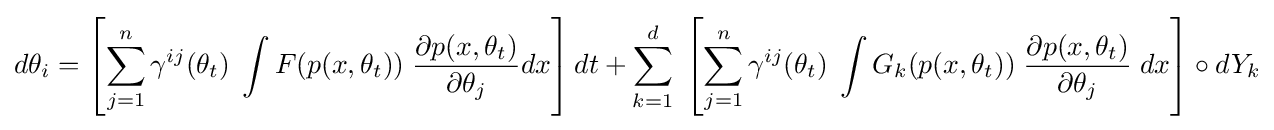
d\theta _{i}=\left[\sum _{j=1}^{n}\gamma ^{ij}(\theta _{t})\;\int F(p(x,\theta _{t}))\;{\frac {\partial p(x,\theta _{t})}{\partial \theta _{j}}}dx\right]dt+\sum _{k=1}^{d}\;\left[\sum _{j=1}^{n}\gamma ^{ij}(\theta _{t})\;\int G_{k}(p(x,\theta _{t}))\;{\frac {\partial p(x,\theta _{t})}{\partial \theta _{j}}}\;dx\right]\circ dY_{k}